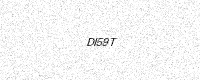
Text: DI59T